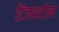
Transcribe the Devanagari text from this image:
रेंजरटोन